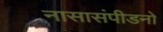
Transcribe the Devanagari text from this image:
नासासंपीडनो